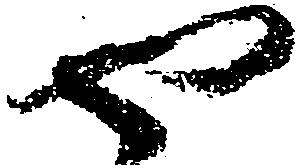
や